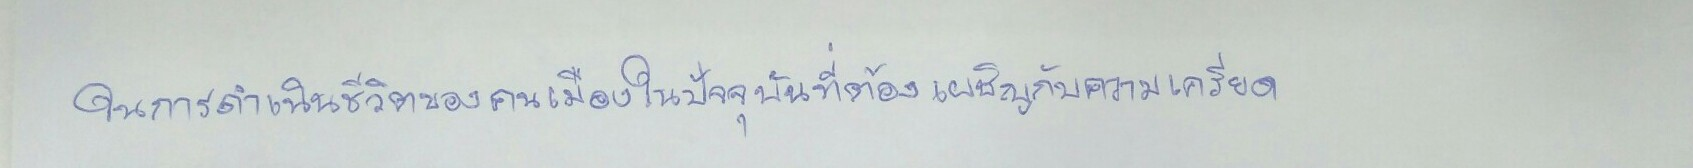
"ในการดำเนินชีวิตของคนเมืองในปัจจุบันที่ต้องเผชิญกับความเครียด